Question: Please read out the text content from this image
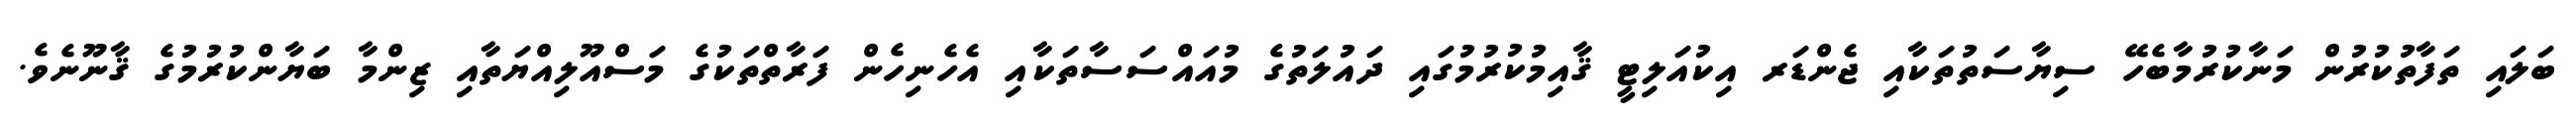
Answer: ބަލައި ތަފާތުކުރުން މަނާކުރުމާބެހޭ ސިޔާސަތުތަކާއި ޖެންޑަރ އިކުއަލިޓީ ޤާއިމުކުރުމުގައި ދައުލަތުގެ މުއައްސަސާތަކާއި އެހެނިހެން ފަރާތްތަކުގެ މަސްއޫލިއްޔަތާއި ޒިންމާ ބަޔާންކުރުމުގެ ޤާނޫނެވެ.